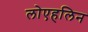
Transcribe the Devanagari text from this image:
लोएहलिन